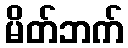
မိတ်ဘက်